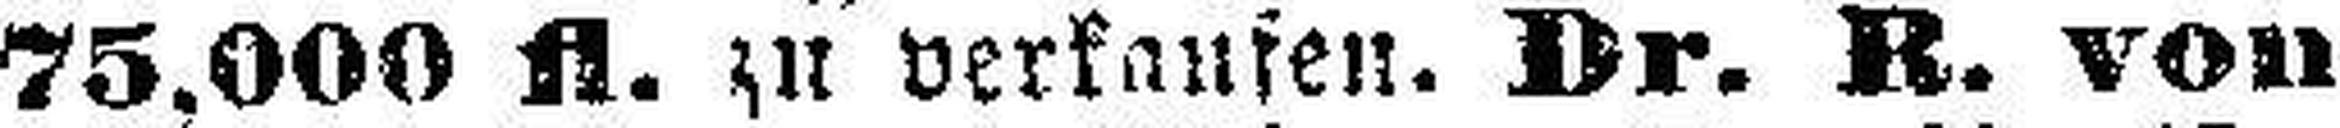
75.000 fl. zu verkaufen. Dr. R. von